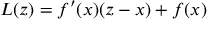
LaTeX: L ( z ) = f ^ { \prime } ( x ) ( z - x ) + f ( x )